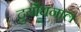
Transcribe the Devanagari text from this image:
दुर्योधनाल